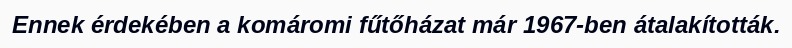
Ennek érdekében a komáromi fűtőházat már 1967-ben átalakították.